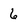
Character: 6